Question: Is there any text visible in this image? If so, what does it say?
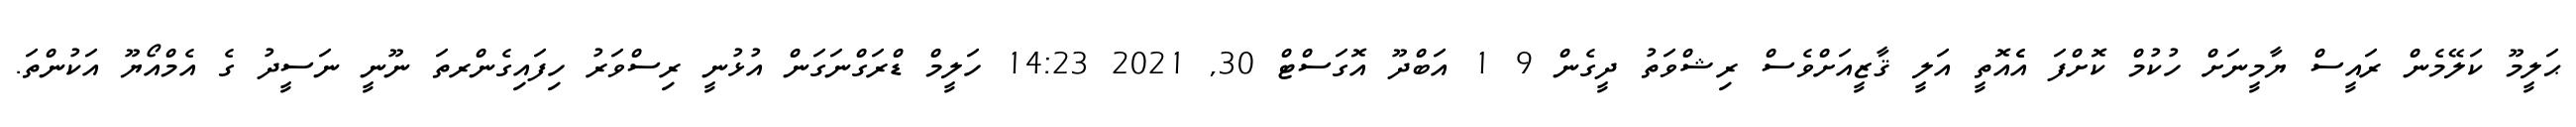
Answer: ޙަލީމޫ ކަލޭމެން ރައީސް ޔާމީނަށް ހުކުމް ކޮށްފަ އެެއޮތީ އަލީ ޤާޒީއަށްވެސް ރިޝްވަތު ދީގެން 9 1 އަބްދޫ އޮގަސްޓް 30, 2021 14:23 ހަލީމް ޑްރަގްނަގަން އުޅުނީ ރިސްވަރު ހިފައިގެންރތަ ނޫނީ ނަސީދު ގެ އެމްއޯޔޫ އަކުންތަ.